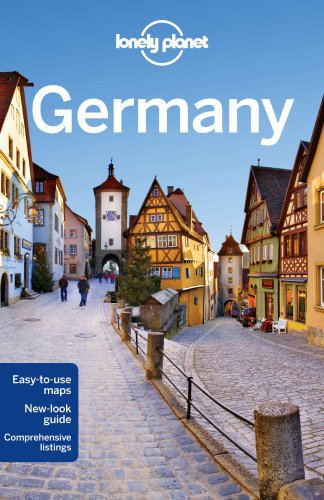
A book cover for Lonely Planet Germany (Travel Guide); Lonely Planet; Travel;